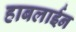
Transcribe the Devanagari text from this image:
हाबलाईन